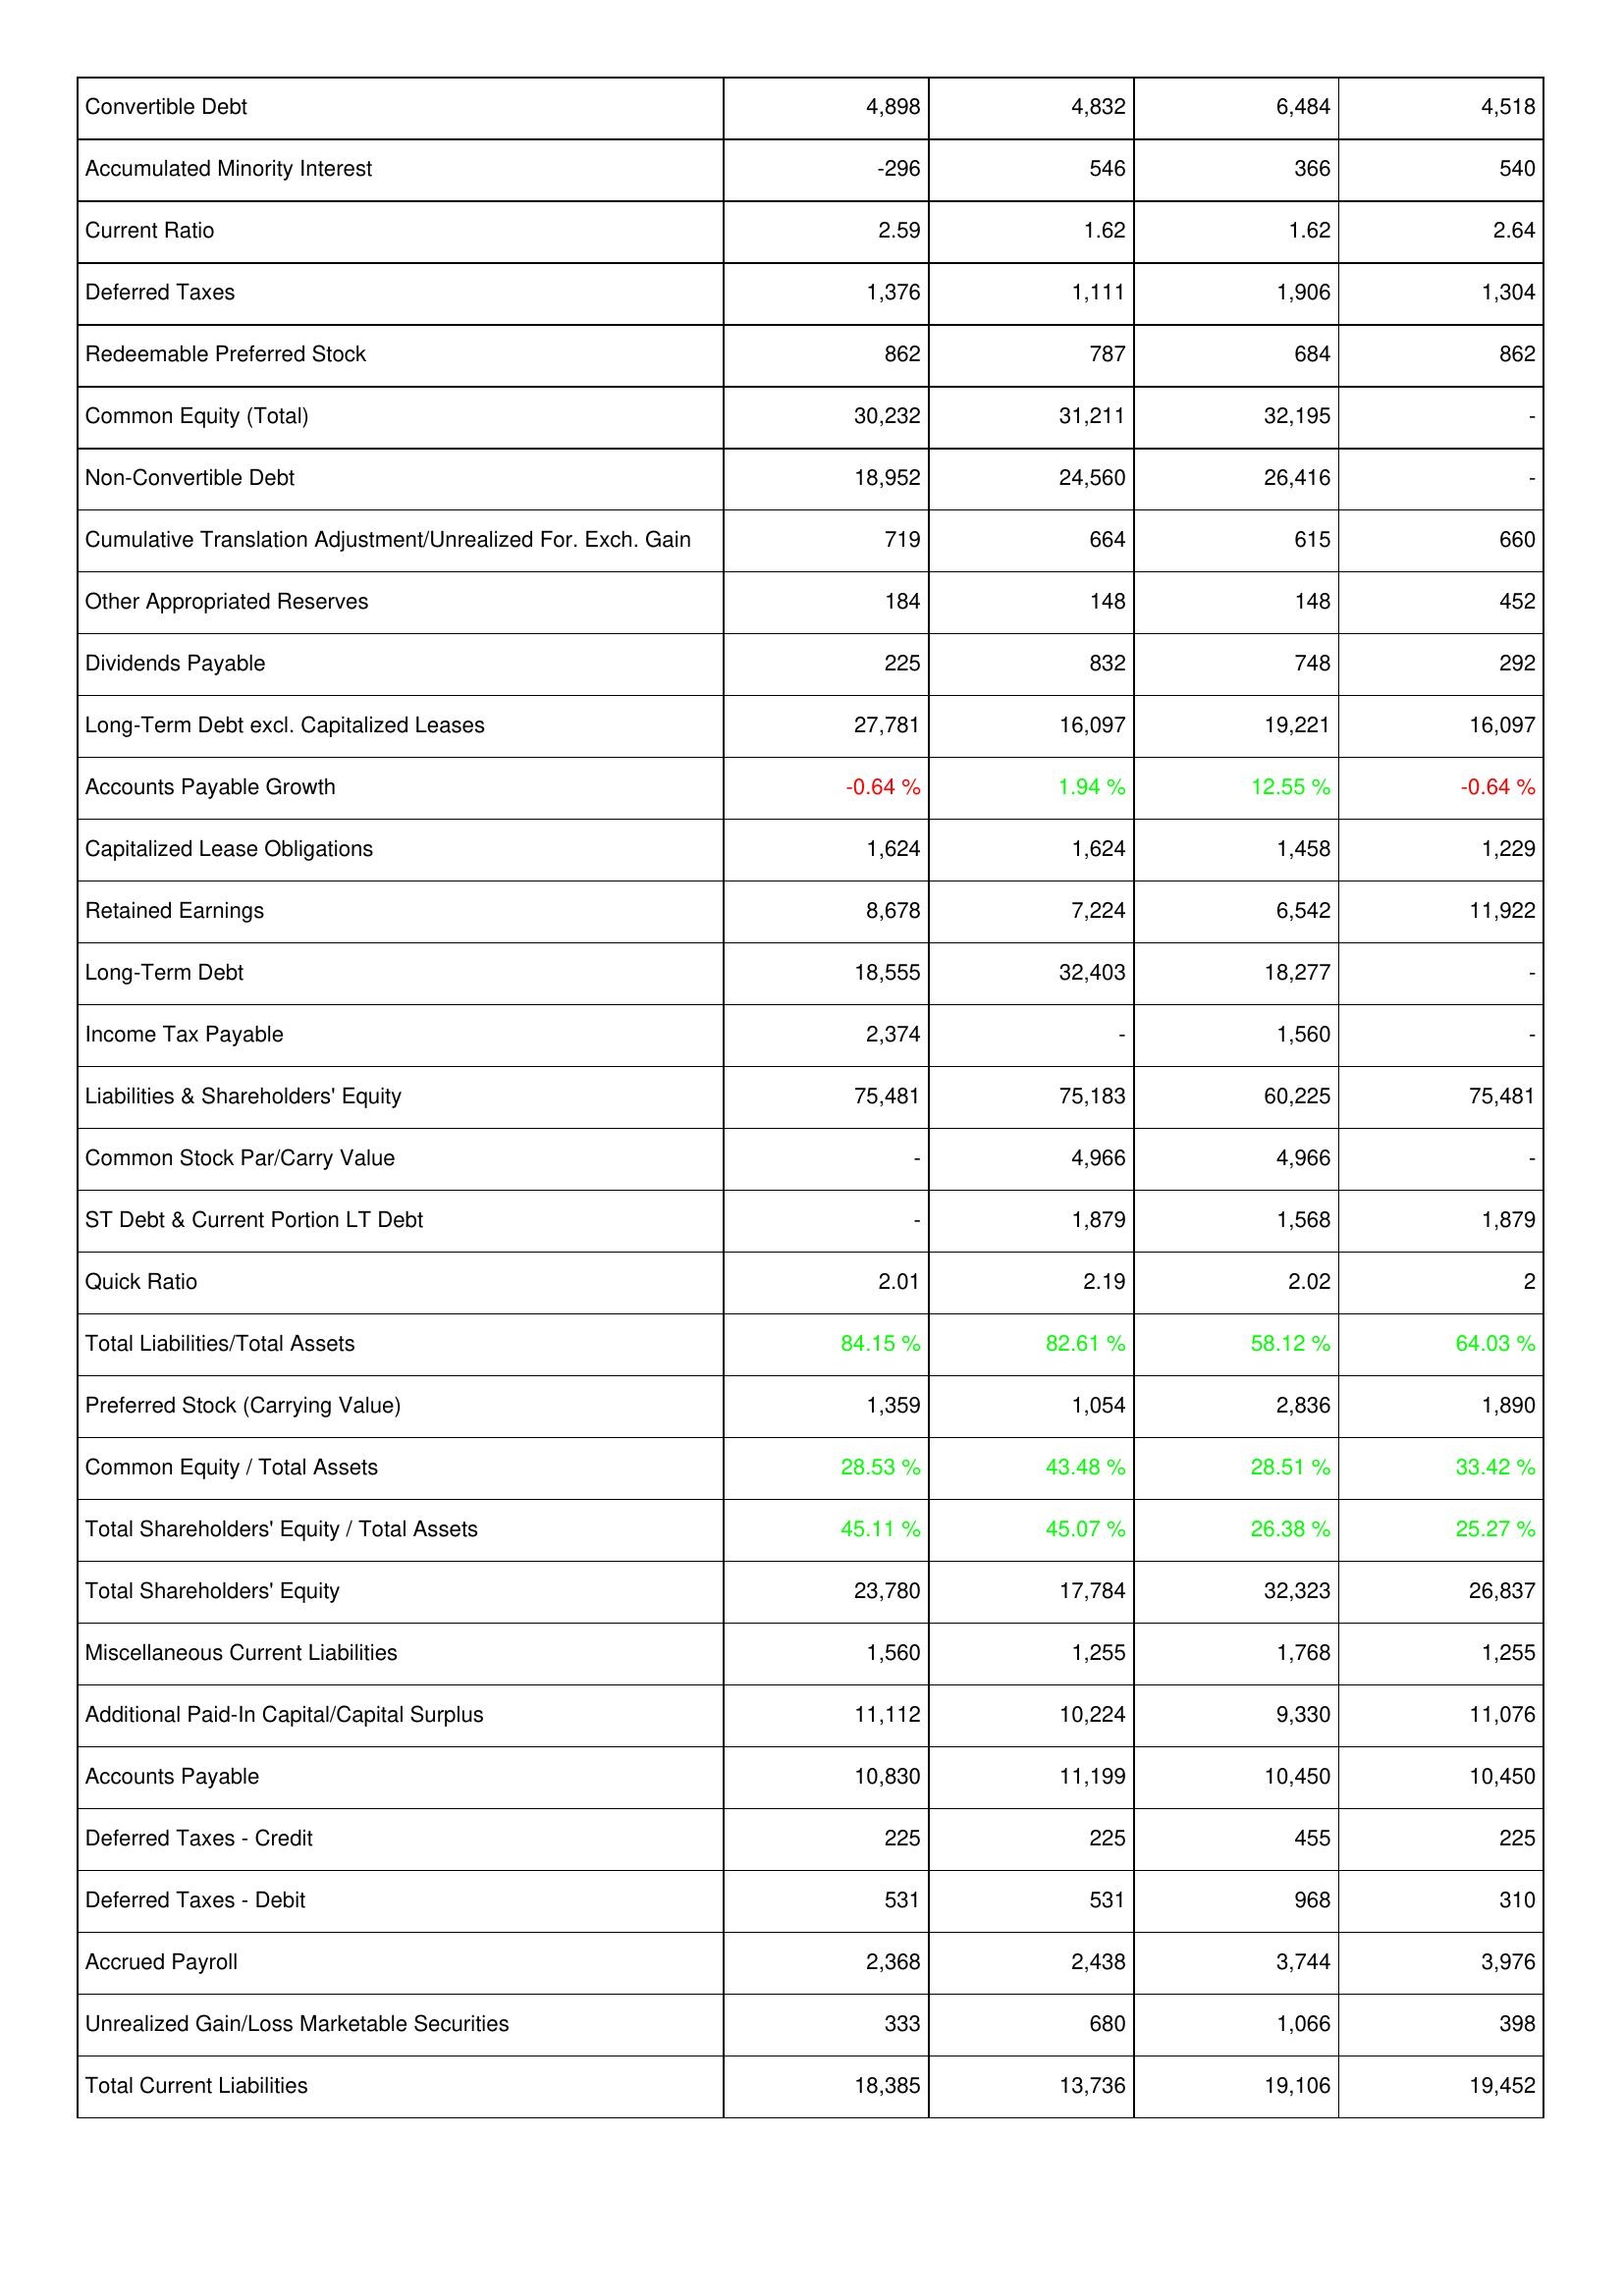
2008: Liabilities & Shareholders' Equity: Convertible Debt: 4,898
Accumulated Minority Interest: -296
Current Ratio: 2.59
Deferred Taxes: 1,376
Redeemable Preferred Stock: 862
Common Equity (Total): 30,232
Non-Convertible Debt: 18,952
Cumulative Translation Adjustment/Unrealized For. Exch. Gain: 719
Other Appropriated Reserves: 184
Dividends Payable: 225
Long-Term Debt excl. Capitalized Leases: 27,781
Accounts Payable Growth: -0.64 %
Capitalized Lease Obligations: 1,624
Retained Earnings: 8,678
Long-Term Debt: 18,555
Income Tax Payable: 2,374
Liabilities & Shareholders' Equity: 75,481
Common Stock Par/Carry Value: -
ST Debt & Current Portion LT Debt: -
Quick Ratio: 2.01
Total Liabilities/Total Assets: 84.15 %
Preferred Stock (Carrying Value): 1,359
Common Equity / Total Assets: 28.53 %
Total Shareholders' Equity / Total Assets: 45.11 %
Total Shareholders' Equity: 23,780
Miscellaneous Current Liabilities: 1,560
Additional Paid-In Capital/Capital Surplus: 11,112
Accounts Payable: 10,830
Deferred Taxes - Credit: 225
Deferred Taxes - Debit: 531
Accrued Payroll: 2,368
Unrealized Gain/Loss Marketable Securities: 333
Total Current Liabilities: 18,385
2009: Liabilities & Shareholders' Equity: Convertible Debt: 4,832
Accumulated Minority Interest: 546
Current Ratio: 1.62
Deferred Taxes: 1,111
Redeemable Preferred Stock: 787
Common Equity (Total): 31,211
Non-Convertible Debt: 24,560
Cumulative Translation Adjustment/Unrealized For. Exch. Gain: 664
Other Appropriated Reserves: 148
Dividends Payable: 832
Long-Term Debt excl. Capitalized Leases: 16,097
Accounts Payable Growth: 1.94 %
Capitalized Lease Obligations: 1,624
Retained Earnings: 7,224
Long-Term Debt: 32,403
Income Tax Payable: -
Liabilities & Shareholders' Equity: 75,183
Common Stock Par/Carry Value: 4,966
ST Debt & Current Portion LT Debt: 1,879
Quick Ratio: 2.19
Total Liabilities/Total Assets: 82.61 %
Preferred Stock (Carrying Value): 1,054
Common Equity / Total Assets: 43.48 %
Total Shareholders' Equity / Total Assets: 45.07 %
Total Shareholders' Equity: 17,784
Miscellaneous Current Liabilities: 1,255
Additional Paid-In Capital/Capital Surplus: 10,224
Accounts Payable: 11,199
Deferred Taxes - Credit: 225
Deferred Taxes - Debit: 531
Accrued Payroll: 2,438
Unrealized Gain/Loss Marketable Securities: 680
Total Current Liabilities: 13,736
2010: Liabilities & Shareholders' Equity: Convertible Debt: 6,484
Accumulated Minority Interest: 366
Current Ratio: 1.62
Deferred Taxes: 1,906
Redeemable Preferred Stock: 684
Common Equity (Total): 32,195
Non-Convertible Debt: 26,416
Cumulative Translation Adjustment/Unrealized For. Exch. Gain: 615
Other Appropriated Reserves: 148
Dividends Payable: 748
Long-Term Debt excl. Capitalized Leases: 19,221
Accounts Payable Growth: 12.55 %
Capitalized Lease Obligations: 1,458
Retained Earnings: 6,542
Long-Term Debt: 18,277
Income Tax Payable: 1,560
Liabilities & Shareholders' Equity: 60,225
Common Stock Par/Carry Value: 4,966
ST Debt & Current Portion LT Debt: 1,568
Quick Ratio: 2.02
Total Liabilities/Total Assets: 58.12 %
Preferred Stock (Carrying Value): 2,836
Common Equity / Total Assets: 28.51 %
Total Shareholders' Equity / Total Assets: 26.38 %
Total Shareholders' Equity: 32,323
Miscellaneous Current Liabilities: 1,768
Additional Paid-In Capital/Capital Surplus: 9,330
Accounts Payable: 10,450
Deferred Taxes - Credit: 455
Deferred Taxes - Debit: 968
Accrued Payroll: 3,744
Unrealized Gain/Loss Marketable Securities: 1,066
Total Current Liabilities: 19,106
2011: Liabilities & Shareholders' Equity: Convertible Debt: 4,518
Accumulated Minority Interest: 540
Current Ratio: 2.64
Deferred Taxes: 1,304
Redeemable Preferred Stock: 862
Common Equity (Total): -
Non-Convertible Debt: -
Cumulative Translation Adjustment/Unrealized For. Exch. Gain: 660
Other Appropriated Reserves: 452
Dividends Payable: 292
Long-Term Debt excl. Capitalized Leases: 16,097
Accounts Payable Growth: -0.64 %
Capitalized Lease Obligations: 1,229
Retained Earnings: 11,922
Long-Term Debt: -
Income Tax Payable: -
Liabilities & Shareholders' Equity: 75,481
Common Stock Par/Carry Value: -
ST Debt & Current Portion LT Debt: 1,879
Quick Ratio: 2
Total Liabilities/Total Assets: 64.03 %
Preferred Stock (Carrying Value): 1,890
Common Equity / Total Assets: 33.42 %
Total Shareholders' Equity / Total Assets: 25.27 %
Total Shareholders' Equity: 26,837
Miscellaneous Current Liabilities: 1,255
Additional Paid-In Capital/Capital Surplus: 11,076
Accounts Payable: 10,450
Deferred Taxes - Credit: 225
Deferred Taxes - Debit: 310
Accrued Payroll: 3,976
Unrealized Gain/Loss Marketable Securities: 398
Total Current Liabilities: 19,452